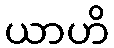
ယာဟိ